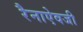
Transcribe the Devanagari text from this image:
रैनाऐवजी